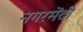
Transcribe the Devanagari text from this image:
नगरमेंदी